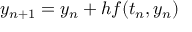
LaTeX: y _ { n + 1 } = y _ { n } + h f ( t _ { n } , y _ { n } )